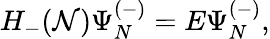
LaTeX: H_{-}({\cal N})\Psi_{N}^{(-)}=E\Psi_{N}^{(-)},